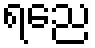
ရညေ